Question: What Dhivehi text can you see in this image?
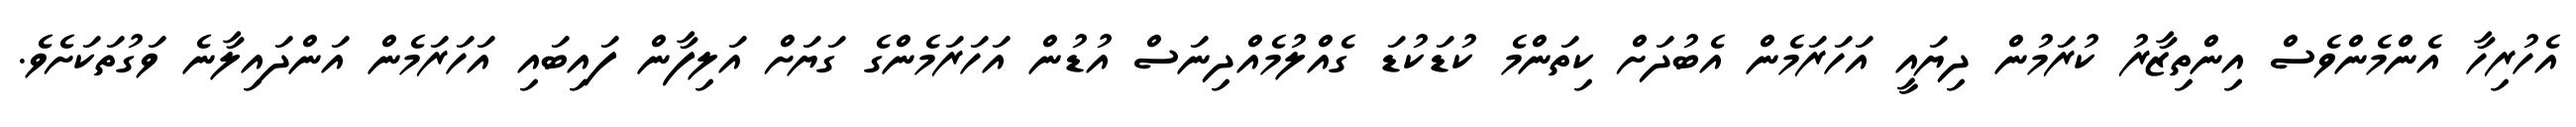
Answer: އެހުރިހާ އެންމެންވެސް އިންތިޒާރު ކުރަމުން ދިޔައީ އަހަރަމެން އެބުދަށް ކިތަންމެ ކުޑަކުޑަ ގެއްލުމެއްދިނަސް އުޑުން އަހަރަމެންގެ ގަޔަށް އަލިފާން ފައިބައި އަހަރަމެން އަންދައިލާނެ ވަގުތަކަށެވެ.